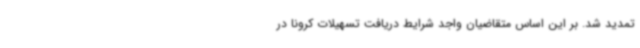
تمدید شد. بر این اساس متقاضیان واجد شرایط دریافت تسهیلات کرونا در